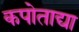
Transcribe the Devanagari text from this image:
कपोताद्या